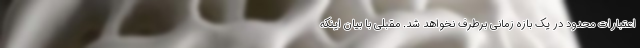
اعتبارات محدود در یک بازه زمانی برطرف نخواهد شد. مقبلی با بیان اینکه